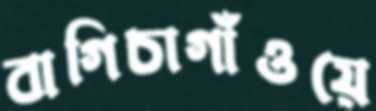
বাগিচাগাঁওয়ে